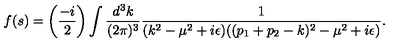
f ( s ) = \biggl ( { \frac { - i } { 2 } } \biggr ) \int { \frac { d ^ { 3 } k } { ( 2 \pi ) ^ { 3 } } } { \frac { 1 } { ( k ^ { 2 } - \mu ^ { 2 } + i \epsilon ) ( ( p _ { 1 } + p _ { 2 } - k ) ^ { 2 } - \mu ^ { 2 } + i \epsilon ) } } .